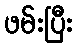
ဖမ်းပြီး